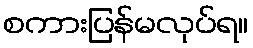
စကားပြန်မလုပ်ရ။